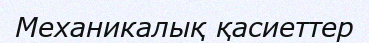
Механикалық қасиеттер